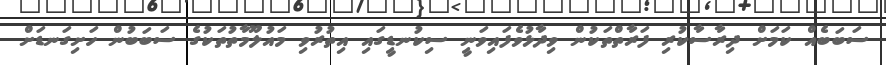
ސަބަބެއް ކަމަށް ދިރާސާކުރި ފަރާތްތަކުން ވިދާޅުވެފައިވަނީ ސިކުނޑީގައި އިތުރުވި މައުލޫމާތުތަކުގެ ސަބަބުން ހަށިގަނޑަށް